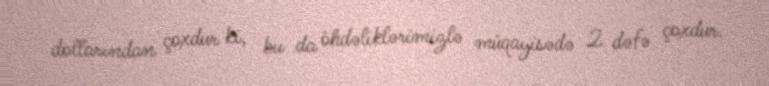
dollarından çoxdur ki, bu da öhdəliklərimizlə müqayisədə 2 dəfə çoxdur.